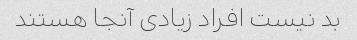
بد نیست افراد زیادی آنجا هستند